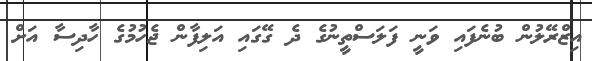
އިޒްރޭލުން ބުނެފައި ވަނީ ފަލަސްތީނުގެ ދެ ގޭގައި އަލިފާން ޖެހުމުގެ ހާދިސާ އަށް